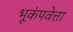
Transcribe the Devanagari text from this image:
भूकंपवेत्ता